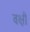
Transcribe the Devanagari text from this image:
वक्षी